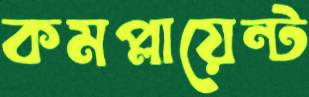
কমপ্লায়েন্ট